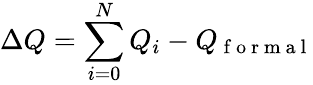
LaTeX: \Delta Q=\sum_{i=0}^{N}Q_{i}-Q_{\mathrm{~f~o~r~m~a~l~}}